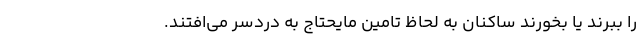
را ببرند یا بخورند ساکنان به لحاظ تامین مایحتاج به دردسر می‌افتند.